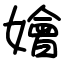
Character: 嬒